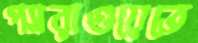
প্যারাগুয়েতে